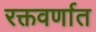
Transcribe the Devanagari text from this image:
रक्तवर्णात